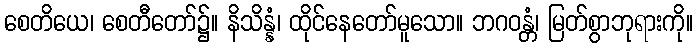
စေတိယေ၊ စေတီတော်၌။ နိသိန္နံ၊ ထိုင်နေတော်မူသော။ ဘဂဝန္တံ၊ မြတ်စွာဘုရားကို။